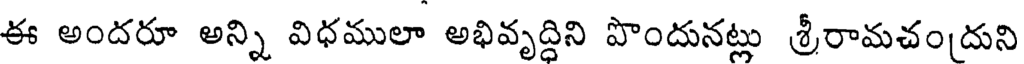
ఈ అందరూ అన్ని విధములా అభివృద్దిని పొందునట్లు శ్రీరామచందుని